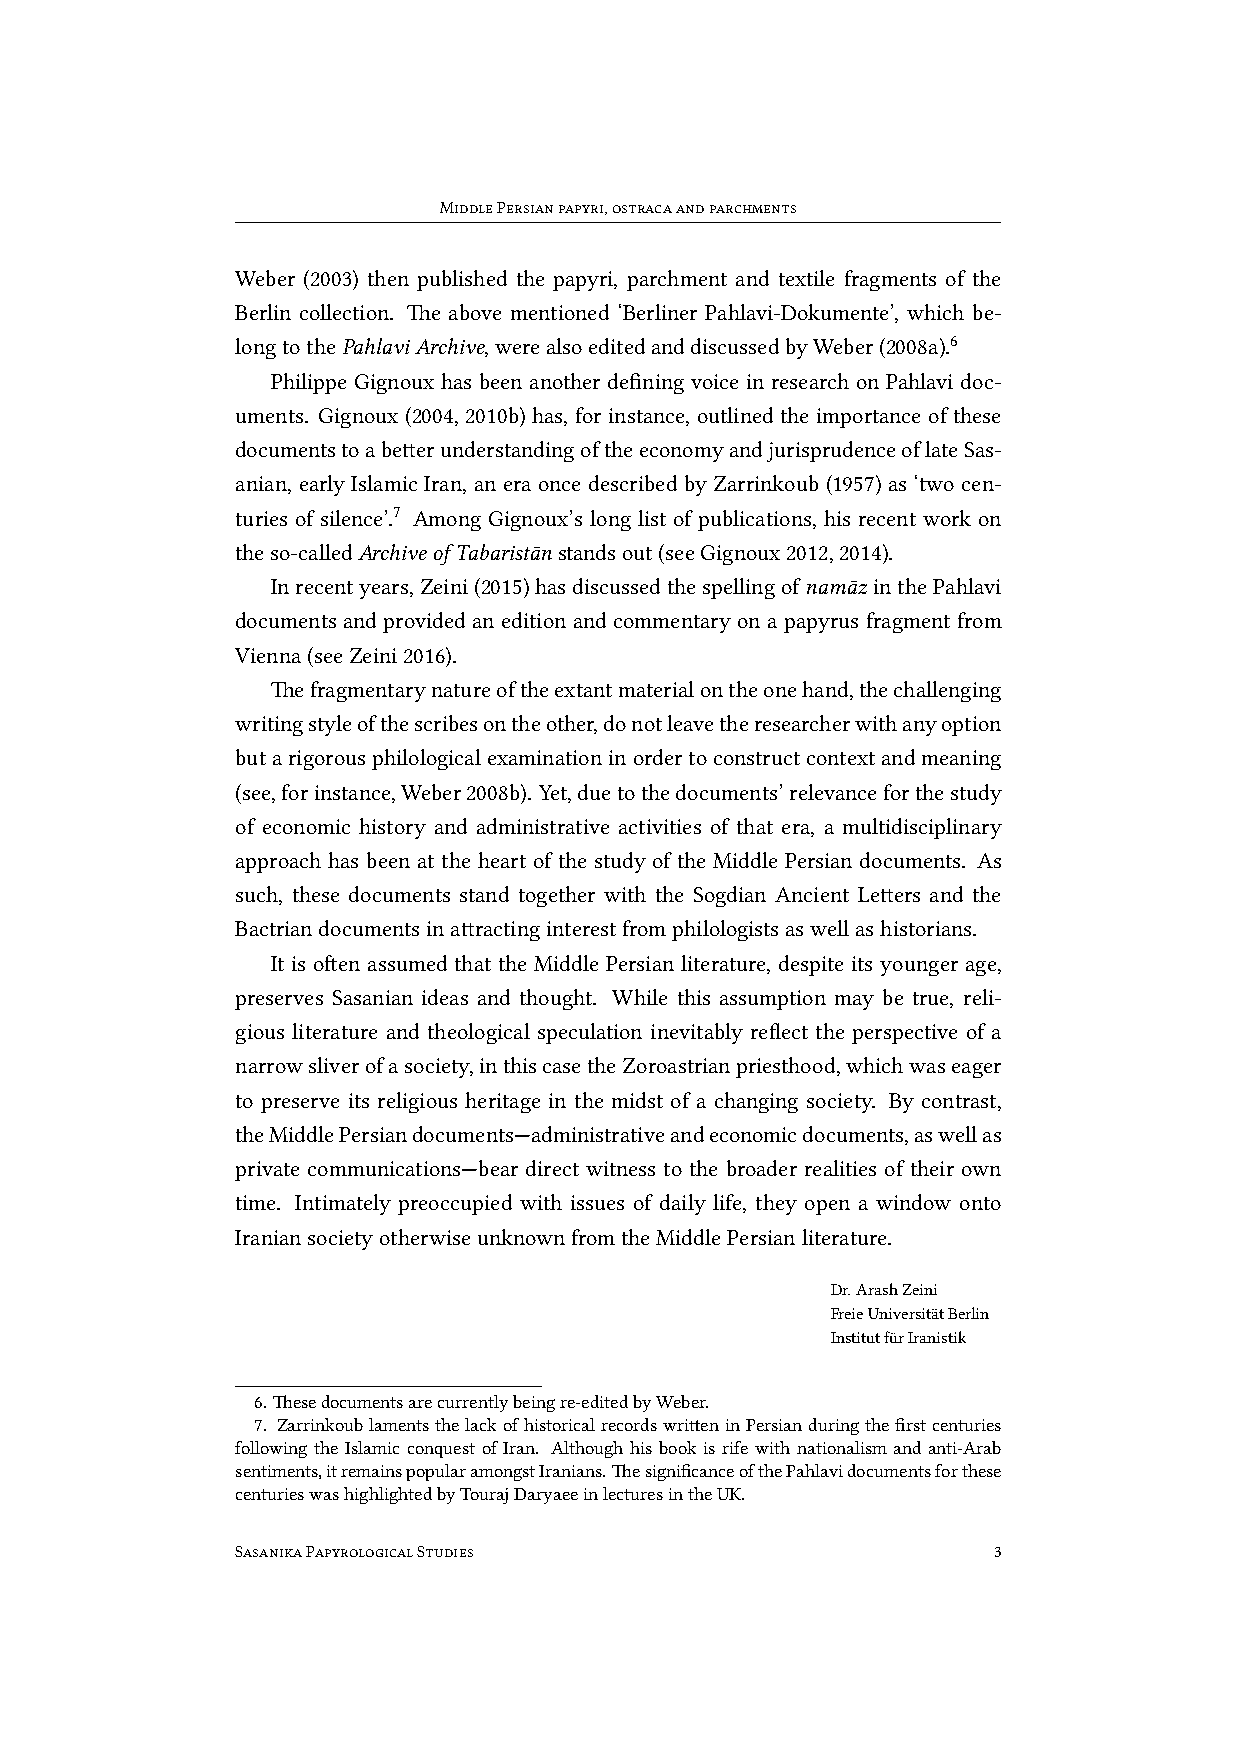
MiddlePersianpapyri,ostracaandparchments
 Weber (2003) then published the papyri, parchment and textile fragments of the
 Berlin collection. The above mentioned ‘Berliner Pahlavi-Dokumente’, which be-
 longtothePahlaviArchive,werealsoeditedanddiscussedbyWeber(2008a).6
 Philippe Gignoux has been another defining voice in research on Pahlavi doc-
 uments. Gignoux (2004, 2010b) has, for instance, outlined the importance of these
 documentstoabetterunderstandingoftheeconomyandjurisprudenceoflateSas-
 anian, early Islamic Iran, an era once described by Zarrinkoub (1957) as ‘two cen-
 turies of silence’.7 Among Gignoux’s long list of publications, his recent work on
 theso-calledArchiveofTabaristānstandsout(seeGignoux2012,2014).
 Inrecentyears,Zeini(2015)hasdiscussedthespellingofnamāz inthePahlavi
 documents and provided an edition and commentary on a papyrus fragment from
 Vienna(seeZeini2016).
 Thefragmentarynatureoftheextantmaterialontheonehand,thechallenging
 writingstyleofthescribesontheother,donotleavetheresearcherwithanyoption
 butarigorousphilologicalexaminationinordertoconstructcontextandmeaning
 (see,forinstance,Weber2008b). Yet,duetothedocuments’relevanceforthestudy
 of economic history and administrative activities of that era, a multidisciplinary
 approach has been at the heart of the study of the Middle Persian documents. As
 such, these documents stand together with the Sogdian Ancient Letters and the
 Bactriandocumentsinattractinginterestfromphilologistsaswellashistorians.
 It is often assumed that the Middle Persian literature, despite its younger age,
 preserves Sasanian ideas and thought. While this assumption may be true, reli-
 gious literature and theological speculation inevitably reflect the perspective of a
 narrowsliverofasociety,inthiscasetheZoroastrianpriesthood,whichwaseager
 to preserve its religious heritage in the midst of a changing society. By contrast,
 theMiddlePersiandocuments—administrativeandeconomicdocuments,aswellas
 private communications—bear direct witness to the broader realities of their own
 time. Intimately preoccupied with issues of daily life, they open a window onto
 IraniansocietyotherwiseunknownfromtheMiddlePersianliterature.
 Dr.ArashZeini
 FreieUniversitätBerlin
 InstitutfürIranistik
 6.Thesedocumentsarecurrentlybeingre-editedbyWeber.
 7. ZarrinkoublamentsthelackofhistoricalrecordswritteninPersianduringthefirstcenturies
 following the Islamic conquest of Iran. Although his book is rife with nationalism and anti-Arab
 sentiments,itremainspopularamongstIranians.ThesignificanceofthePahlavidocumentsforthese
 centurieswashighlightedbyTourajDaryaeeinlecturesintheUK.
 SasanikaPapyrologicalStudies                      3